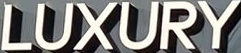
LUXURY